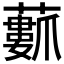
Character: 𮒢